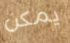
يمكن